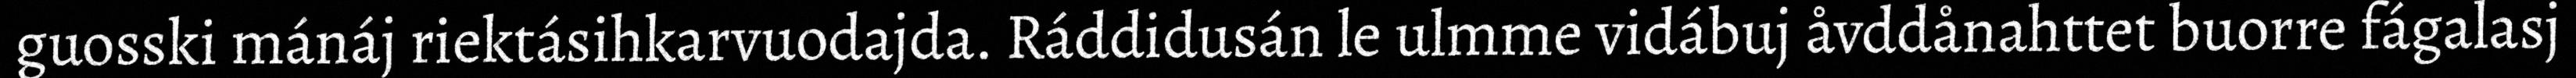
guosski mánáj riektásihkarvuodajda. Ráddidusán le ulmme vidábuj åvddånahttet buorre fágalasj